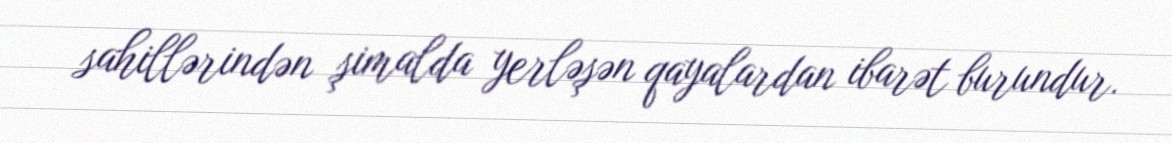
sahillərindən şimalda yerləşən qayalardan ibarət burundur.